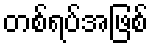
တစ်ရပ်အဖြစ်